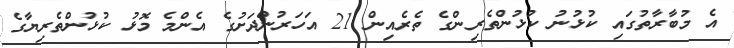
އެ މުބާރާތުގައި ކުޅުނު ކުޅުންތެރިންގެ ތެރެއިން 21 އަހަރުންދަށުގެ އެންމެ މޮޅު ކުޅުންތެރިޔާގެ